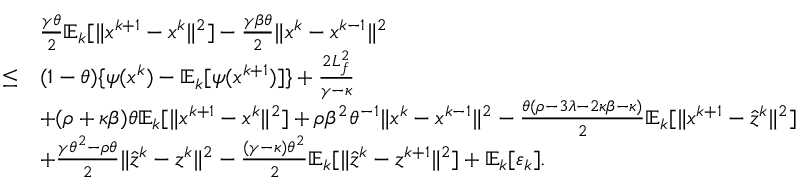
\begin{array} { r l } & { \frac { \gamma \theta } { 2 } \mathbb { E } _ { k } [ \| x ^ { k + 1 } - x ^ { k } \| ^ { 2 } ] - \frac { \gamma \beta \theta } { 2 } \| x ^ { k } - x ^ { k - 1 } \| ^ { 2 } } \\ { \leq } & { ( 1 - \theta ) \{ \psi ( x ^ { k } ) - \mathbb { E } _ { k } [ \psi ( x ^ { k + 1 } ) ] \} + \frac { 2 L _ { f } ^ { 2 } } { \gamma - \kappa } } \\ & { + ( \rho + \kappa \beta ) \theta \mathbb { E } _ { k } [ \| x ^ { k + 1 } - x ^ { k } \| ^ { 2 } ] + \rho \beta ^ { 2 } \theta ^ { - 1 } \| x ^ { k } - x ^ { k - 1 } \| ^ { 2 } - \frac { \theta ( \rho - 3 \lambda - 2 \kappa \beta - \kappa ) } { 2 } \mathbb { E } _ { k } [ \| x ^ { k + 1 } - \hat { z } ^ { k } \| ^ { 2 } ] } \\ & { + \frac { \gamma \theta ^ { 2 } - \rho \theta } { 2 } \| \hat { z } ^ { k } - z ^ { k } \| ^ { 2 } - \frac { ( \gamma - \kappa ) \theta ^ { 2 } } { 2 } \mathbb { E } _ { k } [ \| \hat { z } ^ { k } - z ^ { k + 1 } \| ^ { 2 } ] + \mathbb { E } _ { k } [ \varepsilon _ { k } ] . } \end{array}